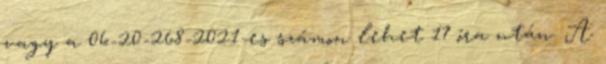
vagy a 06-20-268-2021-es számon lehet 17 óra után. A